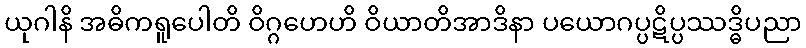
ယုဂါနိ အဓိကရူပေါတိ ဝိဂ္ဂဟေဟိ ဝိယာတိအာဒိနာ ပယောဂပ္ပဋိပ္ပဿဒ္ဓိပညာ